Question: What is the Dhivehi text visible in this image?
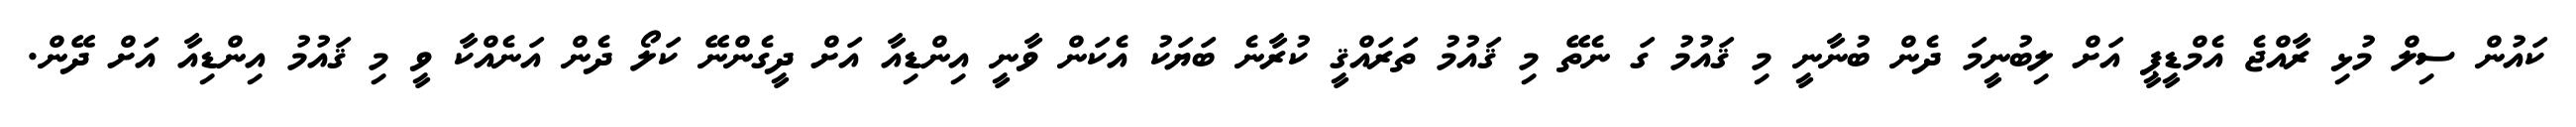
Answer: ކައުން ސިލް މުޅި ރާއްޖެ އެމްޑީޕީ އަށް ލިބުނީމަ ދެން ބުނާނީ މި ޤައުމު ގަ ނެތޭ މި ޤައުމު ތަރައްޤީ ކުރާނެ ބަޔަކު އެކަން ވާނީ އިންޑިއާ އަށް ދީގެންނޭ ކަލޯ ދެން އަނެއްކާ ވީ މި ޤައުމު އިންޑިއާ އަށް ދޭން.